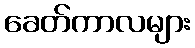
ခေတ်ကာလများ